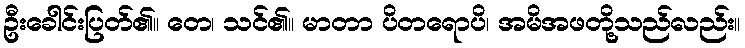
ဦးခေါင်းပြတ်၏။ တေ၊ သင်၏။ မာတာ ပိတရောပိ၊ အမိအဖတို့သည်လည်း။